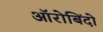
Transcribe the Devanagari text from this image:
ऑरोबिंदो